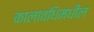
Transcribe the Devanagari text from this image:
कालावधिमधील